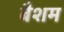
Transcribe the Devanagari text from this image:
बैशम